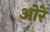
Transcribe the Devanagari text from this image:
ओरें